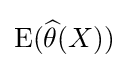
\operatorname {E} ({\widehat {\theta }}(X))